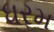
ધરમ